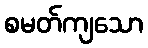
စမတ်ကျသော